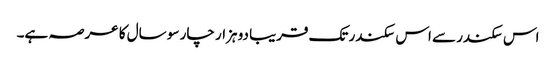
اس سکندر سے اس سکندر تک قریبا دو ہزار چار سو سال کا عرصہ ہے۔